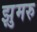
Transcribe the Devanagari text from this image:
झुमरु